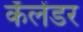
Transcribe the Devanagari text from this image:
कँलेंडर